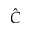
\hat { C }